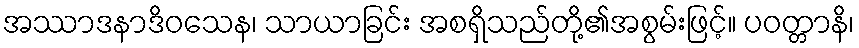
အဿာဒနာဒိဝသေန၊ သာယာခြင်း အစရှိသည်တို့၏အစွမ်းဖြင့်။ ပဝတ္တာနိ၊